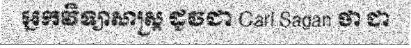
អ្នកវិទ្យាសាស្ត្រ ដូចជា Carl Sagan ថា ជា